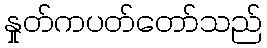
နှုတ်ကပတ်တော်သည်